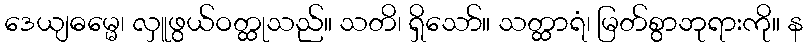
ဒေယျဓမ္မေ၊ လှူဖွယ်ဝတ္ထုသည်။ သတိ၊ ရှိသော်။ သတ္ထာရံ၊ မြတ်စွာဘုရားကို။ န